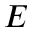
E